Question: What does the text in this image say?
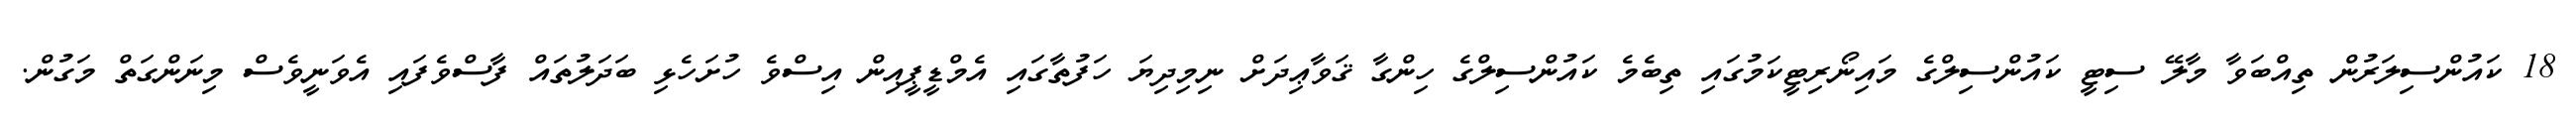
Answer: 18 ކައުންސިލަރުން ތިއްބަވާ މާލޭ ސިޓީ ކައުންސިލްގެ މައިނޯރިޓީކަމުގައި ތިބެމެ ކައުންސިލްގެ ހިންގާ ޤަވާޢިދަށް ނިމިދިޔަ ހަފުތާގައި އެމްޑީޕީއިން އިސްވެ ހުށަހެޅި ބަދަލުތައް ފާސްވެފައި އެވަނީވެސް މިނަންގަތް މަގުން.